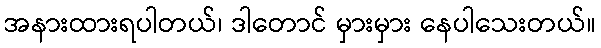
အနားထားရပါတယ်၊ ဒါတောင် မှားမှား နေပါသေးတယ်။